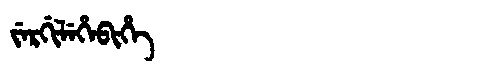
Manchu: ᠵᡝᡵᡤᡳᠯᡝᡥᡝᠪᡳᡥᡝ
Romanization: JERGILEHEBIHE